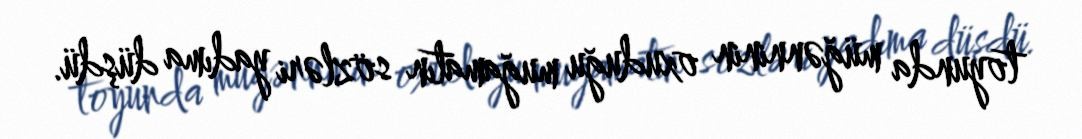
toyunda müğənninin oxuduğu muğamatın sözləri yadıma düşdü.